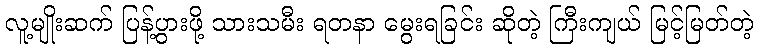
လူ့မျိုးဆက် ပြန့်ပွားဖို့ သားသမီး ရတနာ မွေးရခြင်း ဆိုတဲ့ ကြီးကျယ် မြင့်မြတ်တဲ့